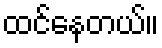
ထင်နေတယ်။